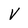
Character: v